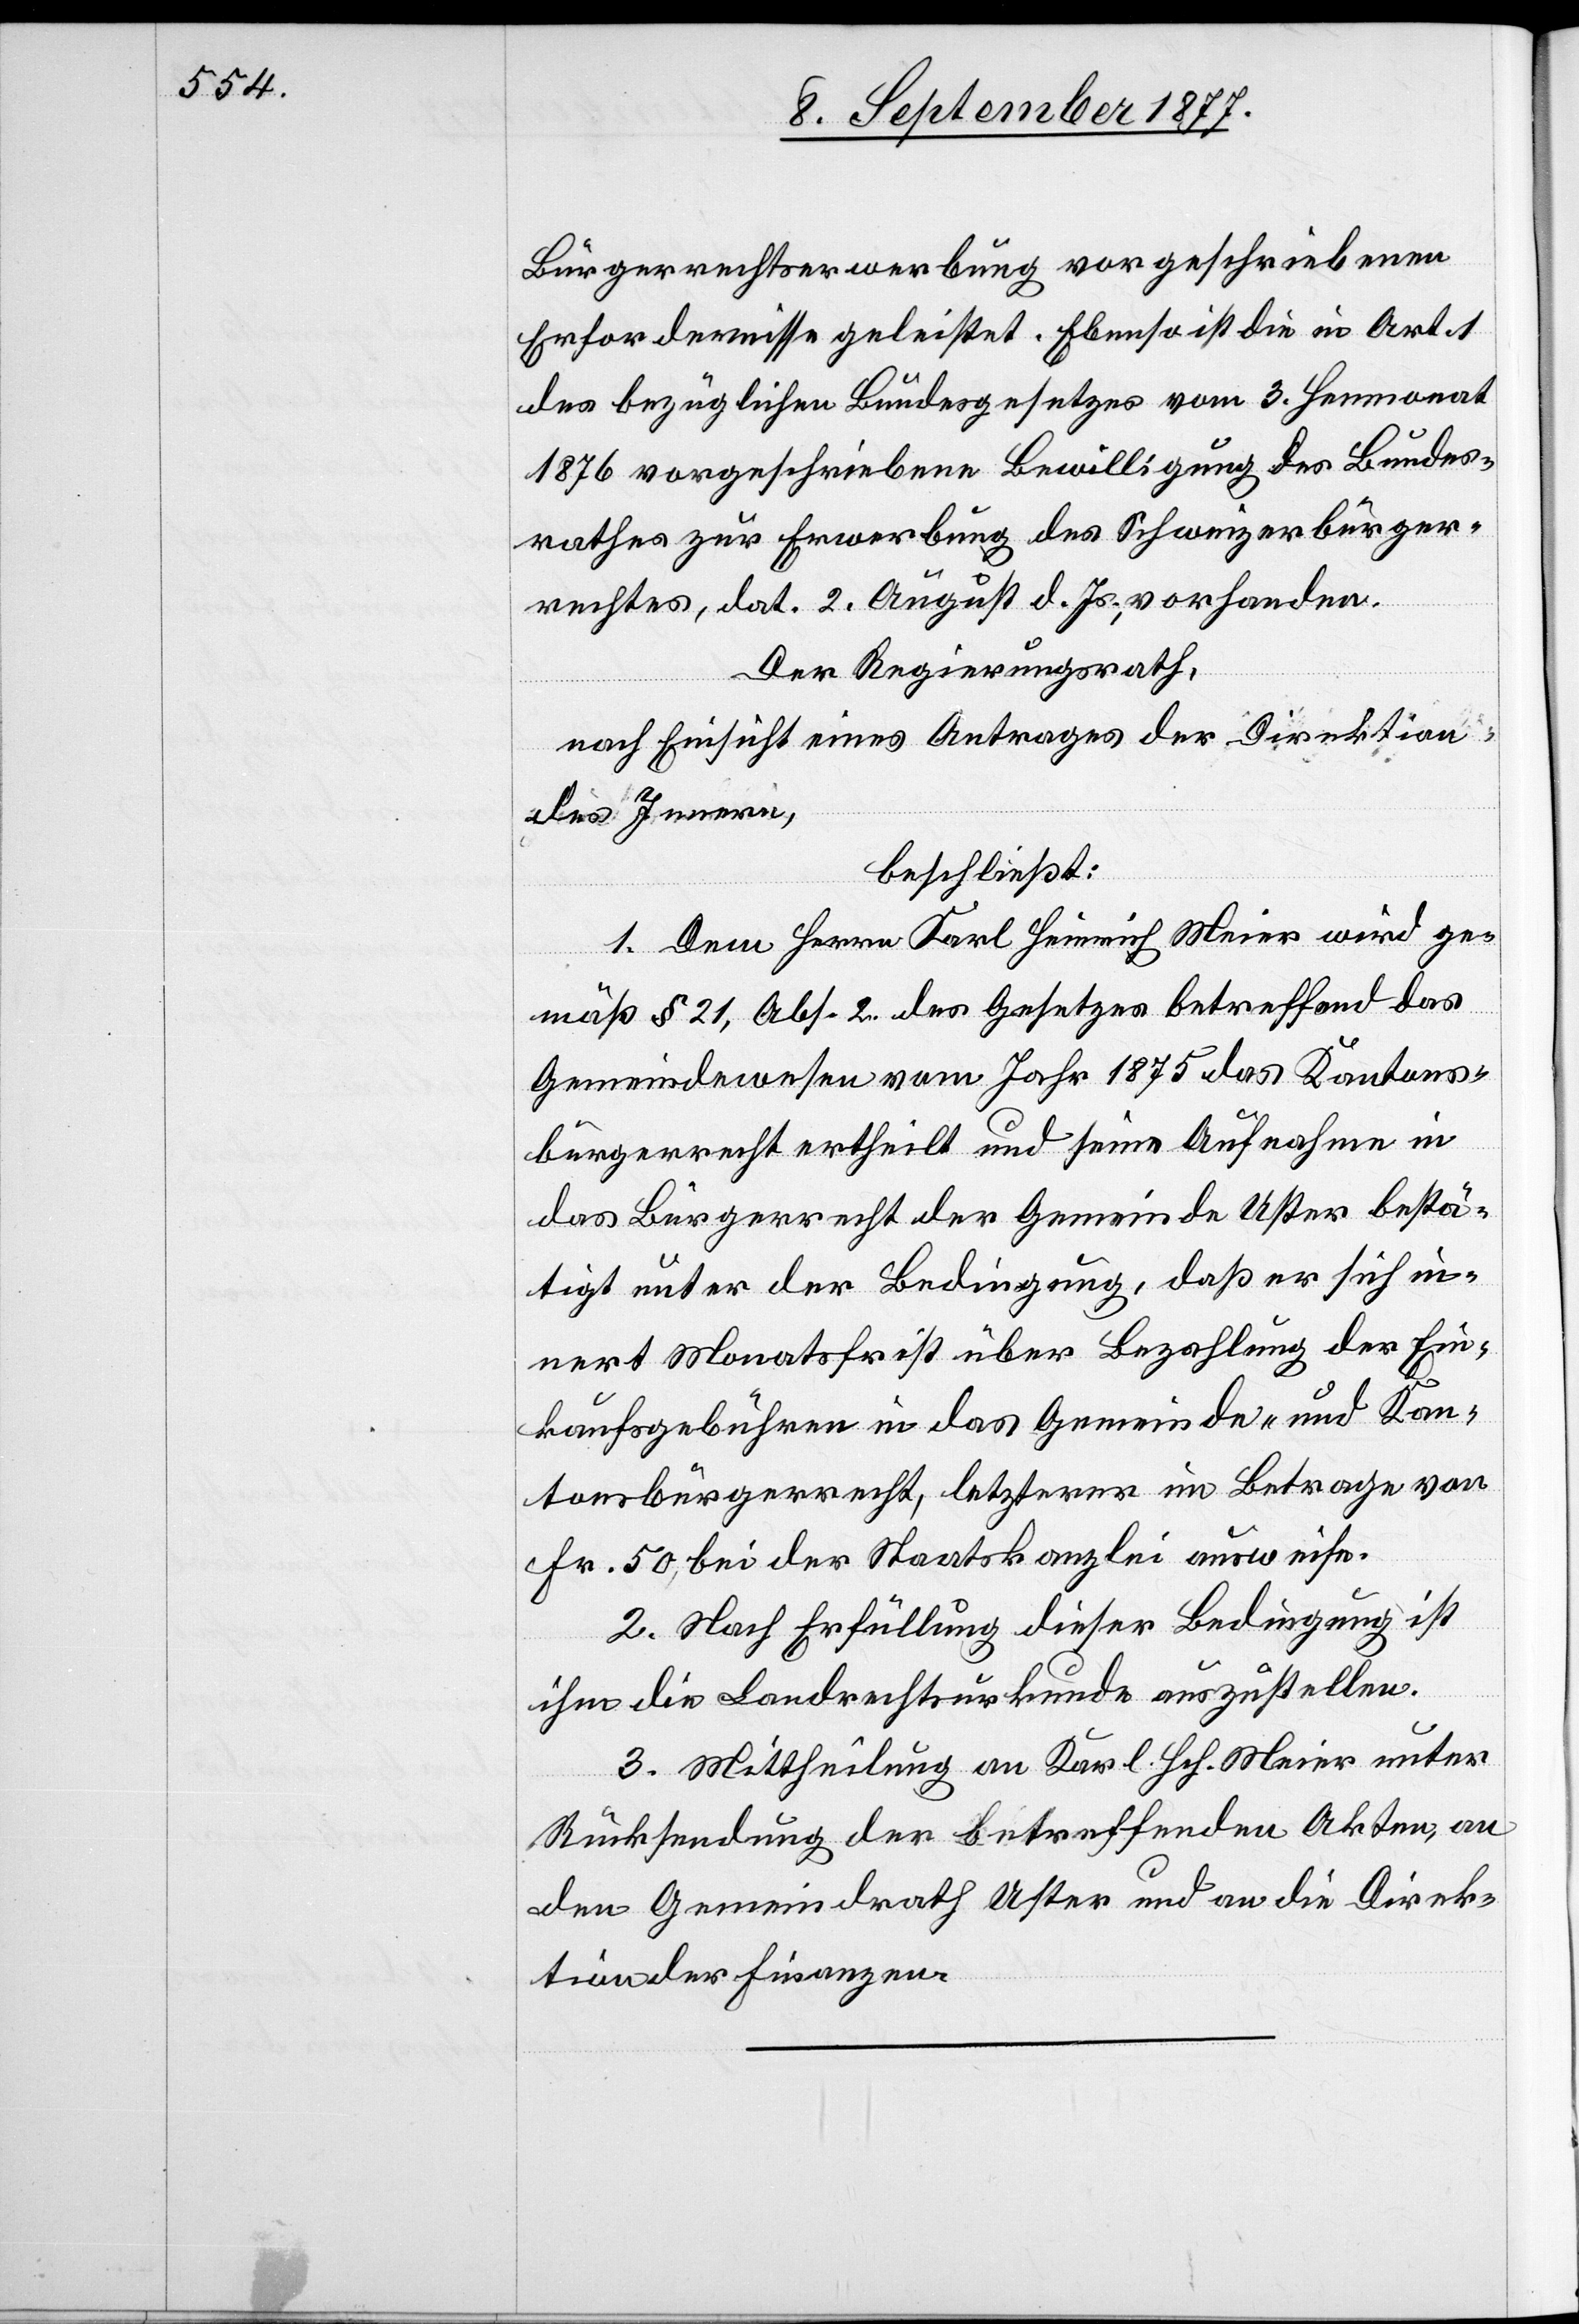
Bürgerrechtserwerbung vorgeschriebenen
Erfordernisse geleistet. Ebenso ist die in Art. 1
des bezüglichen Bundesgesetzes vom 3. Heumonat
1876 vorgeschriebene Bewilligung des Bundes¬
rathes zur Erwerbung des Schweizerbürger¬
rechtes, dat. 2. August d. Js., vorhanden.
Der Regierungsrath,
nach Einsicht eines Antrages der Direktion
des Innern,
beschließt:
1. Dem Herrn Karl Heinrich Meier wird ge¬
mäß § 21, Abs. 2. des Gesetzes betreffend das
Gemeindewesen vom Jahr 1875 das Kantons¬
bürgerrecht ertheilt und seine Aufnahme in
das Bürgerrecht der Gemeinde Uster bestä¬
tigt unter der Bedingung, daß er sich in¬
nert Monatsfrist über Bezahlung der Ein¬
kaufsgebühren in das Gemeinde- und Kan¬
tonsbürgerrecht, letzterer im Betrage von
Fr. 50, bei der Staatskanzlei ausweise.
2. Nach Erfüllung dieser Bedingung ist
ihm die Landrechtsurkunde auszustellen.
3. Mittheilung an Karl Hch. Meier unter
Rücksendung der betreffenden Akten, an
den Gemeindrath Uster und an die Direk¬
tion der Finanzen.